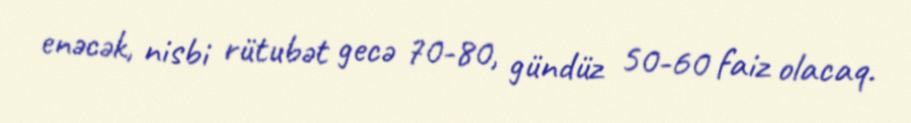
enəcək, nisbi rütubət gecə 70-80, gündüz 50-60 faiz olacaq.